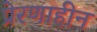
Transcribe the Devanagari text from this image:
प्रेरणाहीन